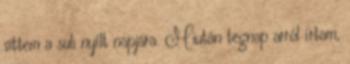
vittem a suli nyílt napjára. Miután tegnap arról írtam,